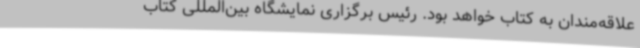
علاقه‌مندان به کتاب خواهد بود. رئیس برگزاری نمایشگاه بین‌المللی کتاب